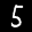
Label: 5